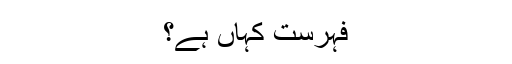
فہرست کہاں ہے؟